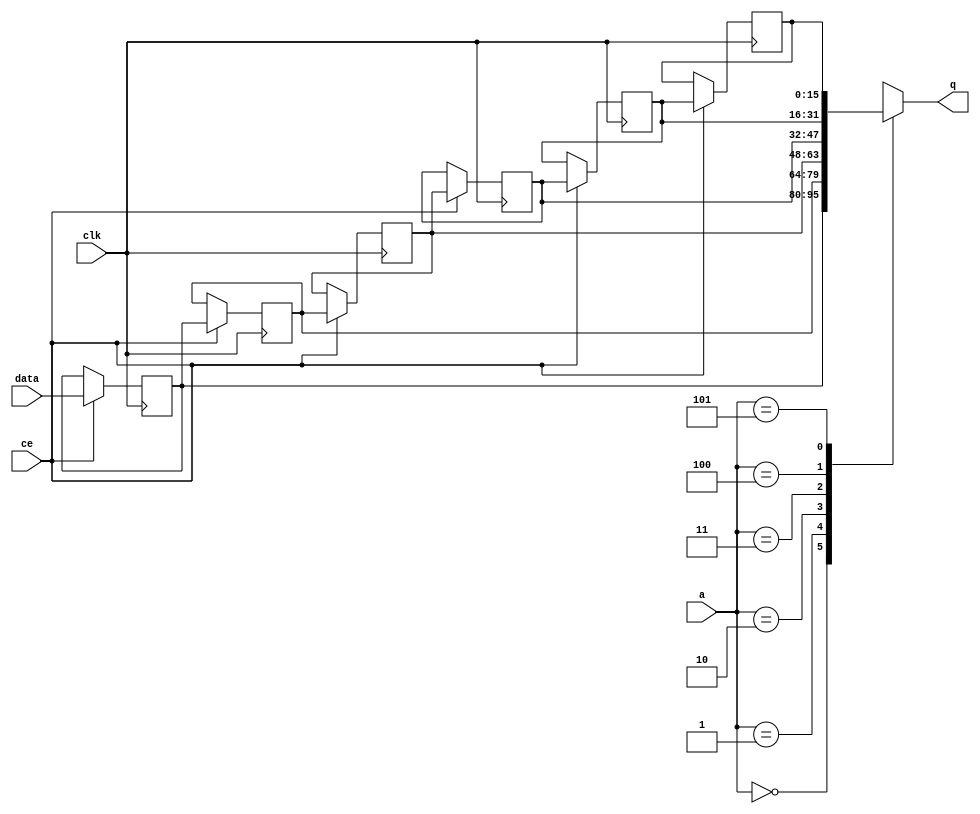
module fifo_w16_d5_A_shiftReg (
    clk,
    data,
    ce,
    a,
    q);
parameter DATA_WIDTH = 32'd16;
parameter ADDR_WIDTH = 32'd3;
parameter DEPTH = 32'd6;
input clk;
input [DATA_WIDTH-1:0] data;
input ce;
input [ADDR_WIDTH-1:0] a;
output [DATA_WIDTH-1:0] q;
reg[DATA_WIDTH-1:0] SRL_SIG [0:DEPTH-1];
integer i;
always @ (posedge clk)
    begin
        if (ce)
        begin
            for (i=0;i<DEPTH-1;i=i+1)
                SRL_SIG[i+1] <= SRL_SIG[i];
            SRL_SIG[0] <= data;
        end
    end
assign q = SRL_SIG[a];
endmodule